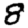
Digit: 8